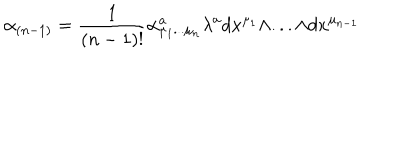
LaTeX: \alpha _ { ( n - 1 ) } = { \frac { 1 } { ( n - 1 ) ! } } \alpha _ { \mu _ { 1 } . . . \mu _ { n } } ^ { a } \lambda ^ { a } d x ^ { \mu _ { 1 } } \wedge . . . \wedge d x ^ { \mu _ { n - 1 } }